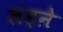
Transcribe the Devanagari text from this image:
लड़ऩे